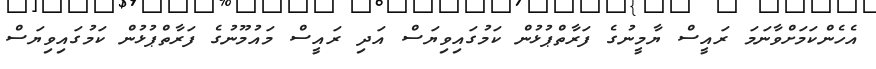
އެހެންކަމަށްވާނަމަ ރައީސް ޔާމީނުގެ ފަރާތްޕުޅުން ކަމުގައިވިޔަސް އަދި ރައީސް މައުމޫނުގެ ފަރާތްޕުޅުން ކަމުގައިވިޔަސް